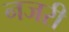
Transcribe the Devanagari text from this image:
नजरी